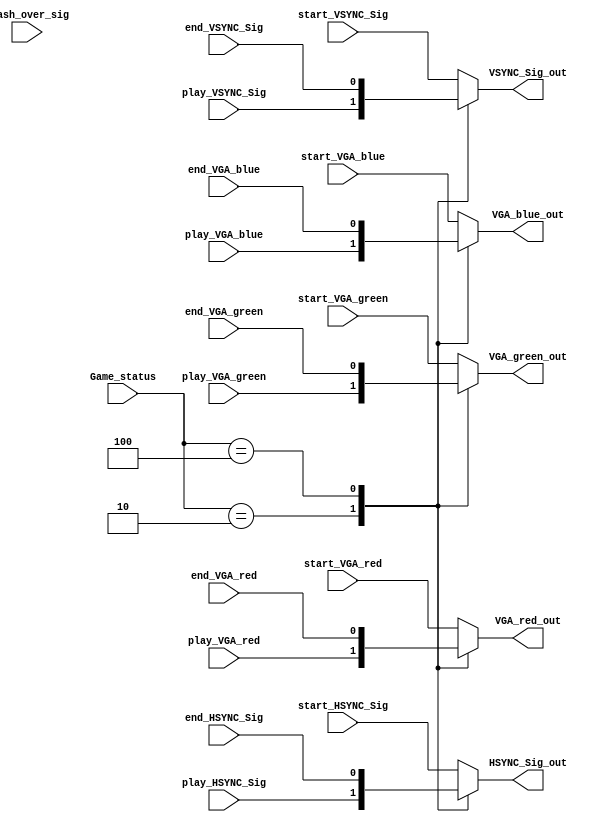
// This program was cloned from: https://github.com/Manistein/let-us-build-a-computer-system
// License: MIT License

module vga_select_module 
(	
//	input CLK_40M,
//	input RSTn,
	
	input play_VSYNC_Sig,
	input play_HSYNC_Sig,
	input play_VGA_red,
	input play_VGA_green,
	input play_VGA_blue,

	input end_VSYNC_Sig,
	input end_HSYNC_Sig,
	input end_VGA_red,
	input end_VGA_green,
	input end_VGA_blue,
	
	input start_VSYNC_Sig,
	input start_HSYNC_Sig,
	input start_VGA_red,
	input start_VGA_green,
	input start_VGA_blue,
	
	
	input [2:0] Game_status,//3START001PLAY010END100
	input Flash_over_sig,
	
	
	output VSYNC_Sig_out,
	output HSYNC_Sig_out,
	
	output VGA_red_out,
	output VGA_green_out,
	output VGA_blue_out
);
	
	//3	
	localparam START = 3'b001;
	localparam PLAY = 3'b010;
	localparam END = 3'b100;
	
	
	
	
	reg VSYNC_Sig;
	reg HSYNC_Sig;
	reg VGA_red;
	reg VGA_green;
	reg VGA_blue;	
	
	
	always @ (*)	
		begin
			case(Game_status)			
				START:
					begin
						VSYNC_Sig = start_VSYNC_Sig; 
						HSYNC_Sig = start_HSYNC_Sig;
						VGA_red 	 = start_VGA_red;
						VGA_green = start_VGA_green;
						VGA_blue  = start_VGA_blue; 									
					end							
				PLAY:
					begin
						VSYNC_Sig = play_VSYNC_Sig; 
						HSYNC_Sig = play_HSYNC_Sig;
						VGA_red   = play_VGA_red;
						VGA_green = play_VGA_green;
						VGA_blue  = play_VGA_blue; 
					end	
				END:
					begin
						VSYNC_Sig = end_VSYNC_Sig; 
						HSYNC_Sig = end_HSYNC_Sig;
						VGA_red   = end_VGA_red;
						VGA_green = end_VGA_green;
						VGA_blue  = end_VGA_blue; 
					end
				default:
					begin
						VSYNC_Sig = start_VSYNC_Sig; 
						HSYNC_Sig = start_HSYNC_Sig;
						VGA_red   = start_VGA_red;
						VGA_green = start_VGA_green;
						VGA_blue  = start_VGA_blue; 						
					end
			endcase
		end
		
	assign	VSYNC_Sig_out = VSYNC_Sig; 
	assign   HSYNC_Sig_out = HSYNC_Sig;
	assign	VGA_red_out   = VGA_red;
	assign	VGA_green_out = VGA_green;
	assign	VGA_blue_out  = VGA_blue; 		

endmodule